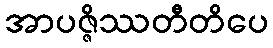
အာပဇ္ဇိဿတီတိပေ